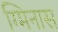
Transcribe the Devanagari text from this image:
ग्मिनास